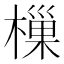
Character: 樔